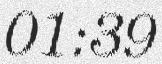
01:39